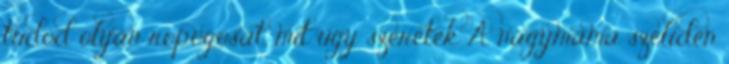
tudod olyan ropogósat, mit úgy szeretek A nagymama szelíden